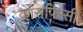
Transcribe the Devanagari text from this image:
कांसपिरेसी